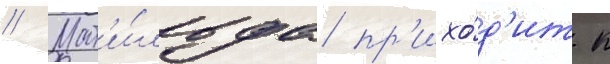
// Мат'и́льда пр'ихо́д'ит к